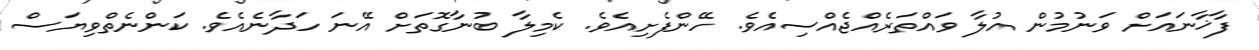
ފާޚާނައަށް ވަނުމުން އުލާ ވައްތަރެއްޖެއްސިއެވެ. ހޭންފެށިއެވެ. ކެމިލާ ބުނާގޮތަށް އޭނަ ހަދާނެއެވެ. ކަންނެތްވިޔަސް